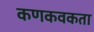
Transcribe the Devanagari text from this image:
कणकवकता